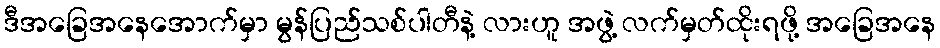
ဒီအခြေအနေအောက်မှာ မွန်ပြည်သစ်ပါတီနဲ့ လားဟူ အဖွဲ့ လက်မှတ်ထိုးရဖို့ အခြေအနေ